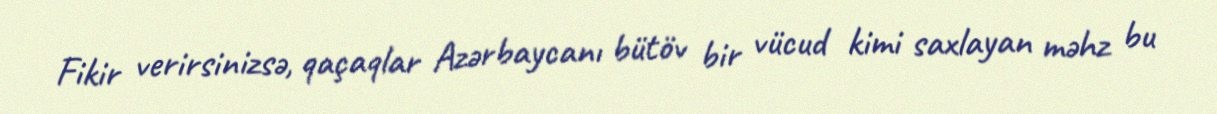
Fikir verirsinizsə, qaçaqlar Azərbaycanı bütöv bir vücud kimi saxlayan məhz bu